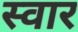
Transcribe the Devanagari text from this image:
स्‍वार